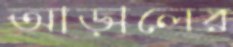
আড়ালের